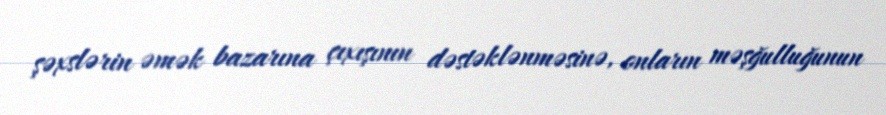
şəxslərin əmək bazarına çıxışının dəstəklənməsinə, onların məşğulluğunun